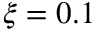
\xi = 0 . 1